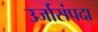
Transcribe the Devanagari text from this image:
उर्जासंपदा